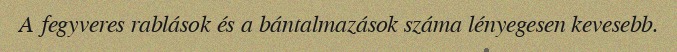
A fegyveres rablások és a bántalmazások száma lényegesen kevesebb.